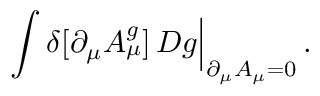
\int \delta [ \partial _ { \mu } A _ { \mu } ^ { g } ] \, { \cal D } g \Big | _ { \partial _ { \mu } A _ { \mu } = 0 } \, .